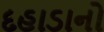
દહાડાનો